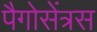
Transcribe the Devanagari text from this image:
पैगोसेंत्रस